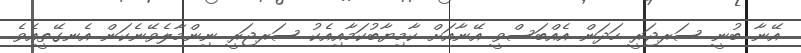
އޭނާ ބުނީ ސަރޖަރީ ހަދަން އެއްބަސްވީ އޭނާއަށް ކާމިޔާބުކަމާއިއެކު ސަރޖަރީ ނިންމާލެވޭނެކަން އެނގޭތީއެވެ.